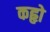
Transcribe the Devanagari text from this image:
कहृो